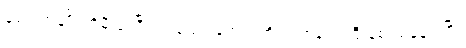
ခုပေါက်ချိုင်ကိုမီးရှို့ပြီး သပြေကန်ဘက်ကို လက်နက်ကြီးနဲ့စပစ်နေပါပြီ။